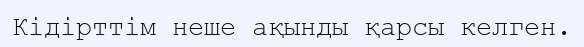
Кідірттім неше ақынды қарсы келген.